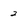
Character: 2